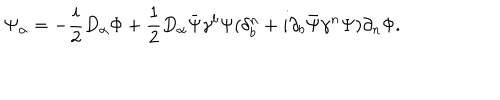
\Psi _ { \alpha } = - { \frac { i } { 2 } } D _ { \alpha } \Phi + { \frac { 1 } { 2 } } D _ { \alpha } \bar { \Psi } \gamma ^ { b } \Psi ( \delta _ { b } ^ { n } + i \partial _ { b } \bar { \Psi } \gamma ^ { n } \Psi ) \partial _ { n } \Phi .